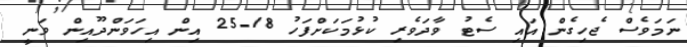
ނަމަވެސް ޖެހިގެން އައި ސެޓު ވާދަވެރި ކުޅުމަކަށްފަހު 18-25 އިން އިހަވަންދޫއިން ވަނީ